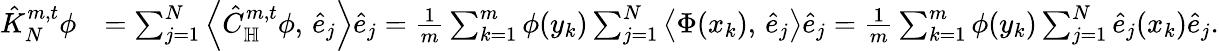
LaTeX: \begin{array}{rl}{\hat{K}_{N}^{m,t}\phi}&{=\sum_{j=1}^{N}\left\langle\hat{C}_{\mathbb H}^{m,t}\phi,\, \hat{e}_{j}\right\rangle\hat{e}_{j}=\frac{1}{m}\sum_{k=1}^{m}\phi(y_{k})\sum_{j=1}^{N}\left\langle\Phi(x_{k}),\, \hat{e}_{j}\right\rangle\hat{e}_{j}=\frac{1}{m}\sum_{k=1}^{m}\phi(y_{k})\sum_{j=1}^{N}\hat{e}_{j}(x_{k})\hat{e}_{j}.}\end{array}